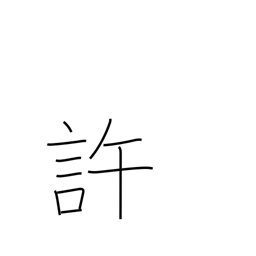
Meaning: approve